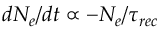
d N _ { e } / d t \propto - N _ { e } / \tau _ { r e c }